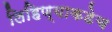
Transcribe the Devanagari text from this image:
लिहिण्याकडेच